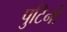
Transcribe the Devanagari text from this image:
पुटिनो